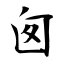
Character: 囱